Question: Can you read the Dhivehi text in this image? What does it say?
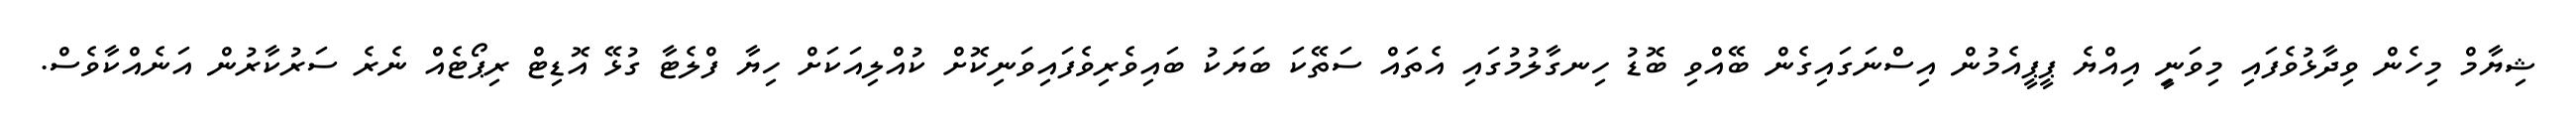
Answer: ޝިޔާމް މިހެން ވިދާޅުވެފައި މިވަނިީ އިއްޔެ ޕީޕީއެމުން އިސްނަގައިގެން ބޭއްވި ބޮޑު ހިނގާލުމުގައި އެތައް ސަތޭކަ ބަޔަކު ބައިވެރިވެފައިވަނިކޮށް ކުއްލިއަކަށް ހިޔާ ފްލެޓާ ގުޅޭ އޮޑިޓް ރިޕޯޓެއް ނެރެ ސަރުކާރުން އަނެއްކާވެސް.